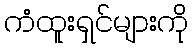
ကံထူးရှင်များကို